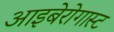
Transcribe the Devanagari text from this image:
आइबेरोगास्ट